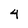
Character: 4